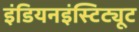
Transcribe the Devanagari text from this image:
इंडियनइंस्टिट्यूट